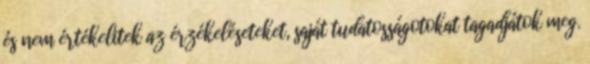
és nem értékelitek az érzékeléseteket, saját tudatosságotokat tagadjátok meg.